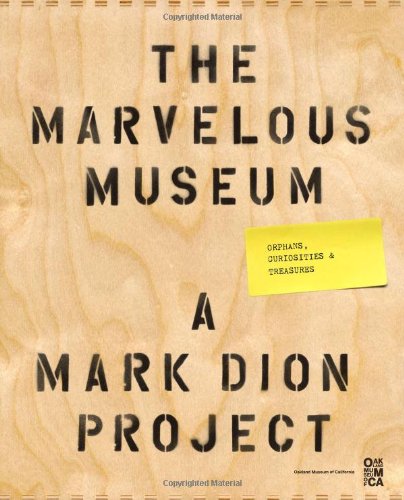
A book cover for The Marvelous Museum: Orphans, Curiosities & Treasures: A Mark Dion Project; Oakland Museum of California; Arts & Photography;